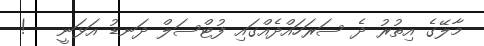
މާލޭގެ އިތުރު ދެ ސަރަހައްދެއްގައި ފުޓްސަލް ދަނޑު އަޅަނީ   !